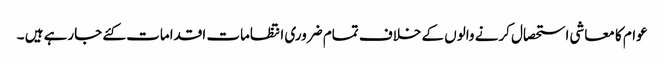
عوام کا معاشی استحصال کرنے والوں کے خلاف تمام ضروری انتظامات اقدامات کئے جارہے ہیں ۔